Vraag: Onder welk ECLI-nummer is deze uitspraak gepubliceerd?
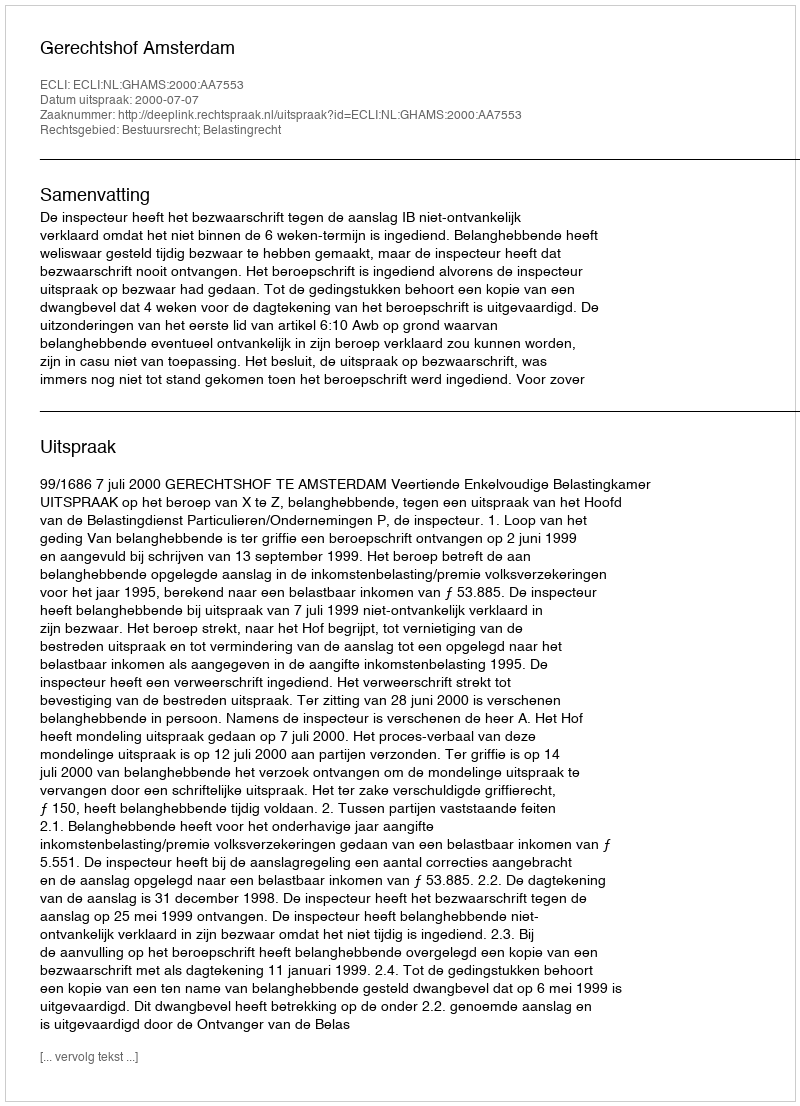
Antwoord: ECLI:NL:GHAMS:2000:AA7553